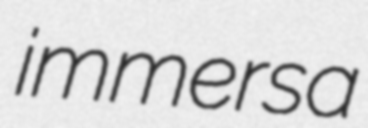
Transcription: immersa